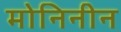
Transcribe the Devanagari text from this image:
मोनिनीन